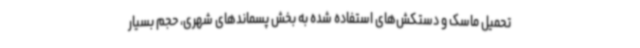
تحمیل ماسک و دستکش‌های استفاده شده به بخش پسماندهای شهری، حجم بسیار